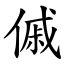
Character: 傶